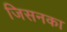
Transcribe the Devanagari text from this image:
जिसनका